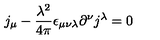
j _ { \mu } - \frac { \lambda ^ { 2 } } { 4 \pi } \epsilon _ { \mu \nu \lambda } \partial ^ { \nu } j ^ { \lambda } = 0